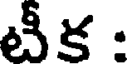
టీక :